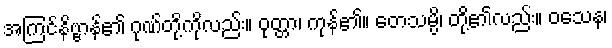
အကြင်နိဗ္ဗာန်၏ ဂုဏ်တို့ကိုလည်း။ ဝုတ္တာ၊ ကုန်၏။ တေသမ္ပိ၊ တို့၏လည်း။ ဝသေန၊